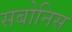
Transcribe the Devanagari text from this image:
सबोनिस